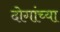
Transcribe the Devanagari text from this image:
दोगांच्या